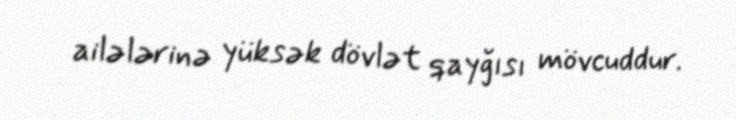
ailələrinə yüksək dövlət qayğısı mövcuddur.